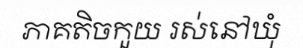
ភាគតិចកួយ រស់នៅឃុំ